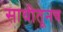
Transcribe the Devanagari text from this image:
साथीतूनच